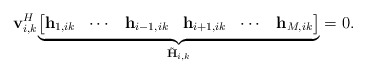
\begin{align*}\mathbf{v}_{i,k}^H\underset{\tilde{\mathbf{H}}_{i,k}}{\underbrace{\begin{bmatrix} \mathbf{h}_{1,ik}&\cdots &\mathbf{h}_{i-1,ik}&\mathbf{h}_{i+1,ik}&\cdots&\mathbf{h}_{M,ik}\end{bmatrix}}}=0.\end{align*}